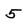
Character: 5